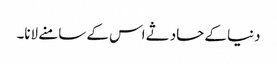
دنیا کے حادثے اس کے سامنے لانا۔